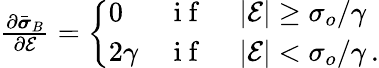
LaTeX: \begin{array}{r}{\frac{\partial\bar{\boldsymbol{\sigma}}_{B}}{\partial\mathcal{E}}=\left\{ \begin{array}{ll}{0}&{\mathrm{~i~f~}\quad\left|\mathcal{E}\right|\ge\sigma_{o}/\gamma}\\ {2\gamma}&{\mathrm{~i~f~}\quad\left|\mathcal{E}\right|<\sigma_{o}/\gamma\, .}\end{array}\right.}\end{array}